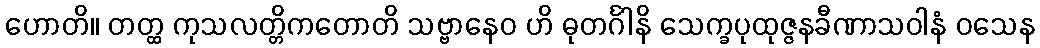
ဟောတိ။ တတ္ထ ကုသလတ္တိကတောတိ သဗ္ဗာနေဝ ဟိ ဓုတင်္ဂါနိ သေက္ခပုထုဇ္ဇနခီဏာသဝါနံ ဝသေန